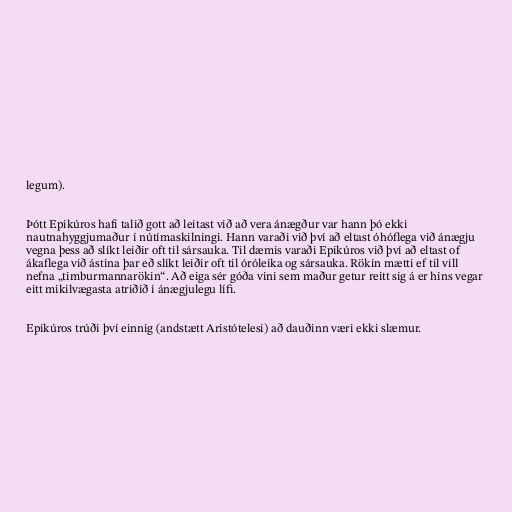
legum).

Þótt Epikúros hafi talið gott að leitast við að vera ánægður var hann þó ekki
nautnahyggjumaður í nútímaskilningi. Hann varaði við því að eltast óhóflega við ánægju
vegna þess að slíkt leiðir oft til sársauka. Til dæmis varaði Epikúros við því að eltast of
ákaflega við ástina þar eð slíkt leiðir oft til óróleika og sársauka. Rökin mætti ef til vill
nefna „timburmannarökin“. Að eiga sér góða vini sem maður getur reitt sig á er hins vegar
eitt mikilvægasta atriðið í ánægjulegu lífi.

Epikúros trúði því einnig (andstætt Aristótelesi) að dauðinn væri ekki slæmur.